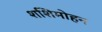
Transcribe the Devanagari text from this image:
शशिमोहन